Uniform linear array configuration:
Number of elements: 8
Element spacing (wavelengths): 0.75
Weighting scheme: blackman
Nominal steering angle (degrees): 30
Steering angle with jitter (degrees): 28.233
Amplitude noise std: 0.05
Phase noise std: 0.05

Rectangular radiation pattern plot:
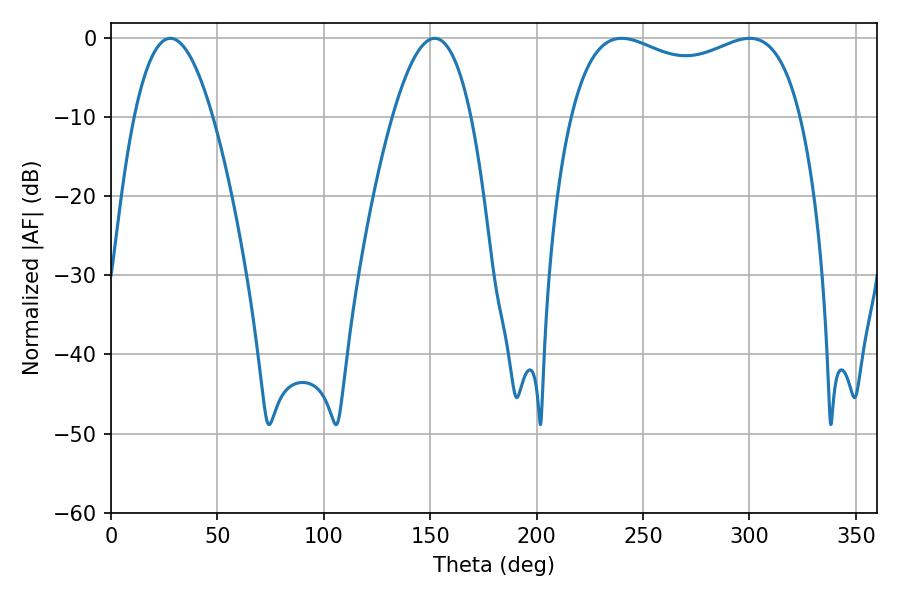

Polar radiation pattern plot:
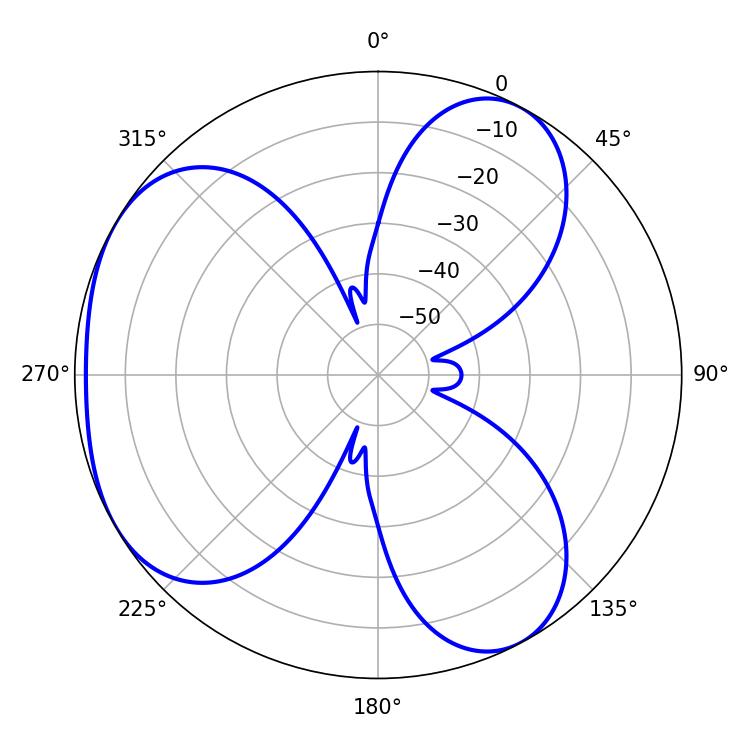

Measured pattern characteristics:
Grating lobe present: TRUE
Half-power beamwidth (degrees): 89.28
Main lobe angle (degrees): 239.94